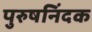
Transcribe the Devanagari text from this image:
पुरुषनिंदक